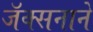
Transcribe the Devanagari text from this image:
जॅक्सनाने